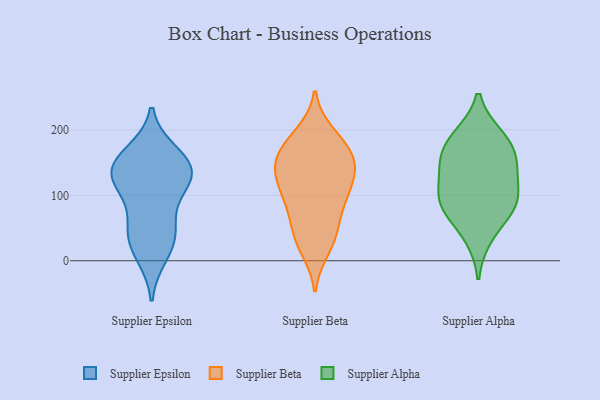
{"axis": {"x": "Bounce Rate (%)", "y": "Value"}, "legend": ["Supplier Alpha", "Supplier Beta", "Supplier Epsilon"], "data": [{"x": "", "y": 151, "type": "Supplier Epsilon"}, {"x": "", "y": 142, "type": "Supplier Epsilon"}, {"x": "", "y": 34, "type": "Supplier Epsilon"}, {"x": "", "y": 137, "type": "Supplier Epsilon"}, {"x": "", "y": 133, "type": "Supplier Epsilon"}, {"x": "", "y": 40, "type": "Supplier Epsilon"}, {"x": "", "y": 117, "type": "Supplier Epsilon"}, {"x": "", "y": 10, "type": "Supplier Epsilon"}, {"x": "", "y": 163, "type": "Supplier Epsilon"}, {"x": "", "y": 115, "type": "Supplier Epsilon"}, {"x": "", "y": 59, "type": "Supplier Epsilon"}, {"x": "", "y": 33, "type": "Supplier Beta"}, {"x": "", "y": 89, "type": "Supplier Beta"}, {"x": "", "y": 96, "type": "Supplier Beta"}, {"x": "", "y": 132, "type": "Supplier Beta"}, {"x": "", "y": 140, "type": "Supplier Beta"}, {"x": "", "y": 55, "type": "Supplier Beta"}, {"x": "", "y": 98, "type": "Supplier Beta"}, {"x": "", "y": 177, "type": "Supplier Beta"}, {"x": "", "y": 17, "type": "Supplier Beta"}, {"x": "", "y": 128, "type": "Supplier Beta"}, {"x": "", "y": 160, "type": "Supplier Beta"}, {"x": "", "y": 162, "type": "Supplier Beta"}, {"x": "", "y": 28, "type": "Supplier Beta"}, {"x": "", "y": 190, "type": "Supplier Beta"}, {"x": "", "y": 138, "type": "Supplier Beta"}, {"x": "", "y": 102, "type": "Supplier Beta"}, {"x": "", "y": 140, "type": "Supplier Beta"}, {"x": "", "y": 195, "type": "Supplier Beta"}, {"x": "", "y": 61, "type": "Supplier Beta"}, {"x": "", "y": 167, "type": "Supplier Beta"}, {"x": "", "y": 94, "type": "Supplier Alpha"}, {"x": "", "y": 79, "type": "Supplier Alpha"}, {"x": "", "y": 164, "type": "Supplier Alpha"}, {"x": "", "y": 189, "type": "Supplier Alpha"}, {"x": "", "y": 89, "type": "Supplier Alpha"}, {"x": "", "y": 127, "type": "Supplier Alpha"}, {"x": "", "y": 37, "type": "Supplier Alpha"}, {"x": "", "y": 190, "type": "Supplier Alpha"}, {"x": "", "y": 155, "type": "Supplier Alpha"}, {"x": "", "y": 141, "type": "Supplier Alpha"}, {"x": "", "y": 87, "type": "Supplier Alpha"}]}